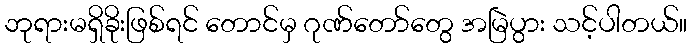
ဘုရားမရှိခိုးဖြစ်ရင် တောင်မှ ဂုဏ်တော်တွေ အမြဲပွား သင့်ပါတယ်။